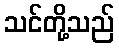
သင်တို့သည်